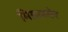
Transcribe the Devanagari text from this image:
मिडलवेर